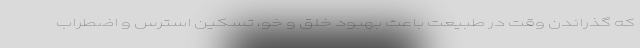
که گذراندن وقت در طبیعت باعث بهبود خلق و خو، تسکین استرس و اضطراب